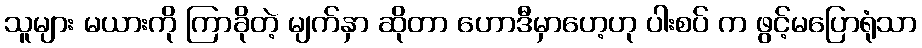
သူများ မယားကို ကြာခိုတဲ့ မျက်နှာ ဆိုတာ ဟောဒီမှာဟေ့ဟု ပါးစပ် က ဖွင့်မပြောရုံသာ